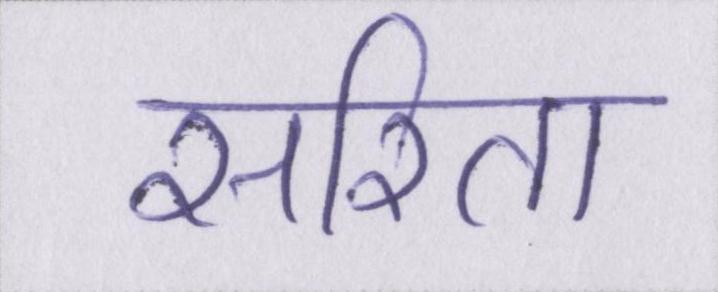
सरिता